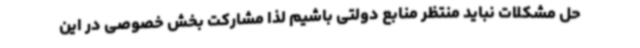
حل مشکلات نباید منتظر منابع دولتی باشیم لذا مشارکت بخش خصوصی در این